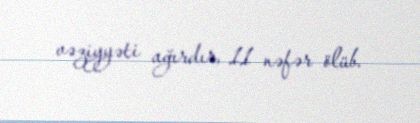
vəziyyəti ağırdır, 11 nəfər ölüb.